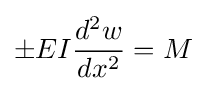
\pm EI{\dfrac {d^{2}w}{dx^{2}}}=M